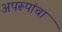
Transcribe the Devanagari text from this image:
अपरूपांचा